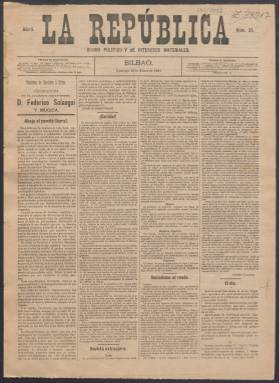
Título: La República (Bilbao)
Colección: Periódicos
Ámbito geográfico: Vizcaya
Lugar de publicación: Bilbao
Fechas: 18/01/1891-18/01/1891